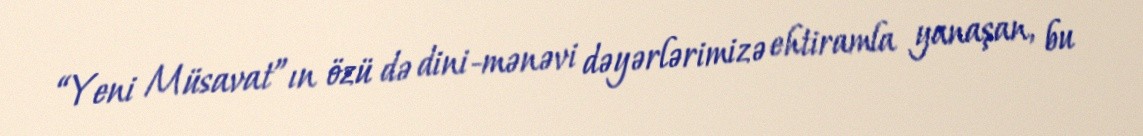
“Yeni Müsavat”ın özü də dini-mənəvi dəyərlərimizə ehtiramla yanaşan, bu